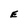
Character: E